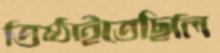
তিষ্ঠাইতেছিলি